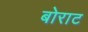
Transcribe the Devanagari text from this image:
बोराट